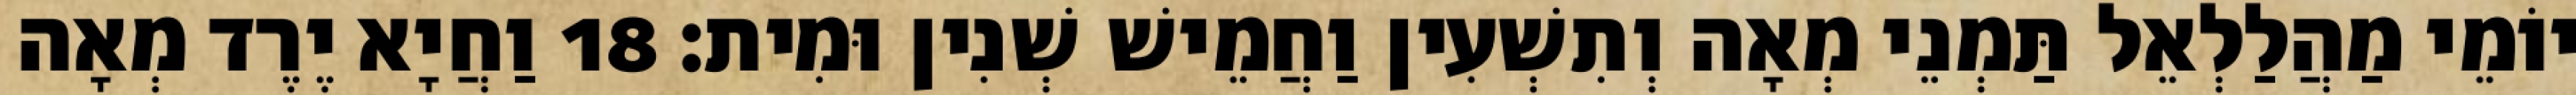
יוֹמֵי מַהֲלַלְאֵל תַּמְנֵי מְאָה וְתִשְׁעִין וַחֲמֵישׁ שְׁנִין וּמִית׃ 18 וַחֲיָא יֶרֶד מְאָה